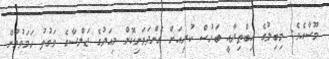
މޫސާއެވެ. މިބިލުގެ އިބްތިދާއީ ބަހުސް ކުރިއަށް ގެންދަވަނިކޮށް މިއަދުގެ ޖަލްސާގެ ވަގުތު ހަމަވުމުން